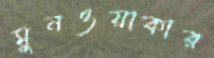
মুনওয়াকার